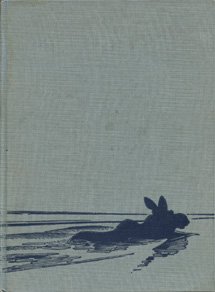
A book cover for Canoe Country; Florence Page Jaques; Travel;